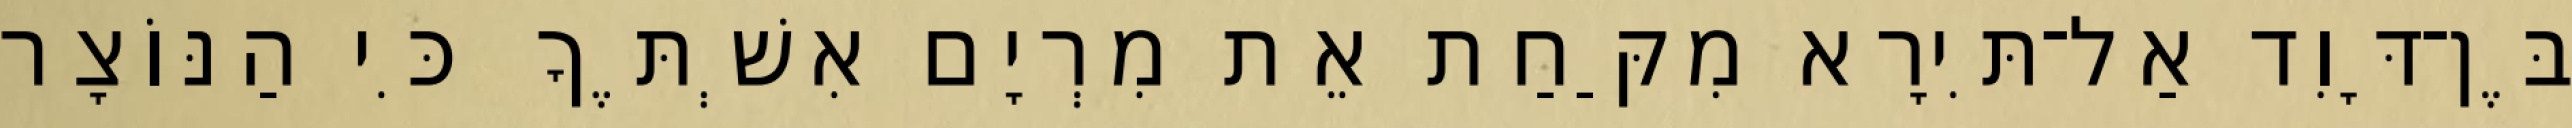
בֶּן־דָּוִד אַל־תִּירָא מִקַּחַת אֵת מִרְיָם אִשְׁתֶּךָ כִּי הַנּוֹצָר